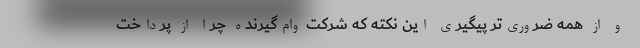
و از همه ضروری‌تر پیگیری این نکته که شرکت وام‌گیرنده چرا از پرداخت